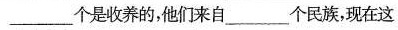
___个是收养的，他们来自___个民族，现在这